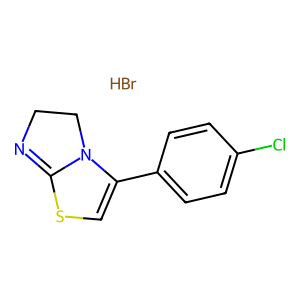
SMILES: Br.Clc1ccc(C2=CSC3=NCCN23)cc1
Inhibits HIV replication: No